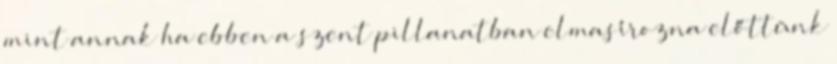
mint annak ha ebben a szent pillanatban elmasírozna előttünk